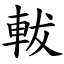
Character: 軷